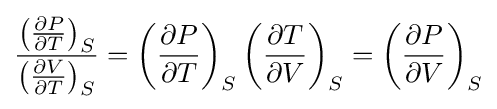
{\frac {\left({\frac {\partial P}{\partial T}}\right)_{S}}{\left({\frac {\partial V}{\partial T}}\right)_{S}}}=\left({\frac {\partial P}{\partial T}}\right)_{S}\left({\frac {\partial T}{\partial V}}\right)_{S}=\left({\frac {\partial P}{\partial V}}\right)_{S}